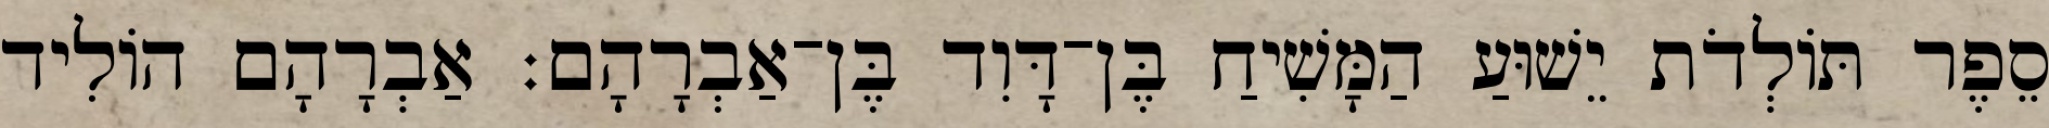
סֵפֶר תּוֹלְדֹת יֵשׁוּעַ הַמָּשִׁיחַ בֶּן־דָּוִד בֶּן־אַבְרָהָם׃ אַבְרָהָם הוֹלִיד